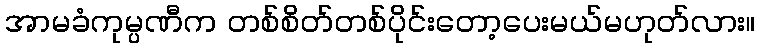
အာမခံကုမ္ပဏီက တစ်စိတ်တစ်ပိုင်းတော့ပေးမယ်မဟုတ်လား။